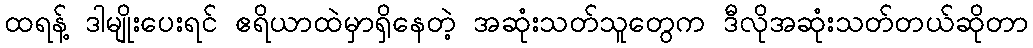
ထရန့် ဒါမျိုးပေးရင် ဧရိယာထဲမှာရှိနေတဲ့ အဆုံးသတ်သူတွေက ဒီလိုအဆုံးသတ်တယ်ဆိုတာ